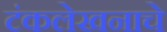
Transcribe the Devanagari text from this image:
टंकलेखनाचे